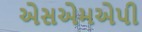
એસએમએપી